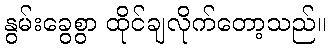
နွမ်းခွေစွာ ထိုင်ချလိုက်တော့သည်။